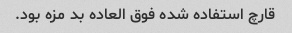
قارچ استفاده شده فوق العاده بد مزه بود.